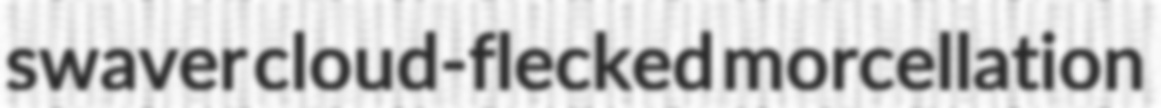
swaver cloud-flecked morcellation